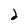
Character: 2